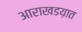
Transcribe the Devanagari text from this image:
आराखडय़ात